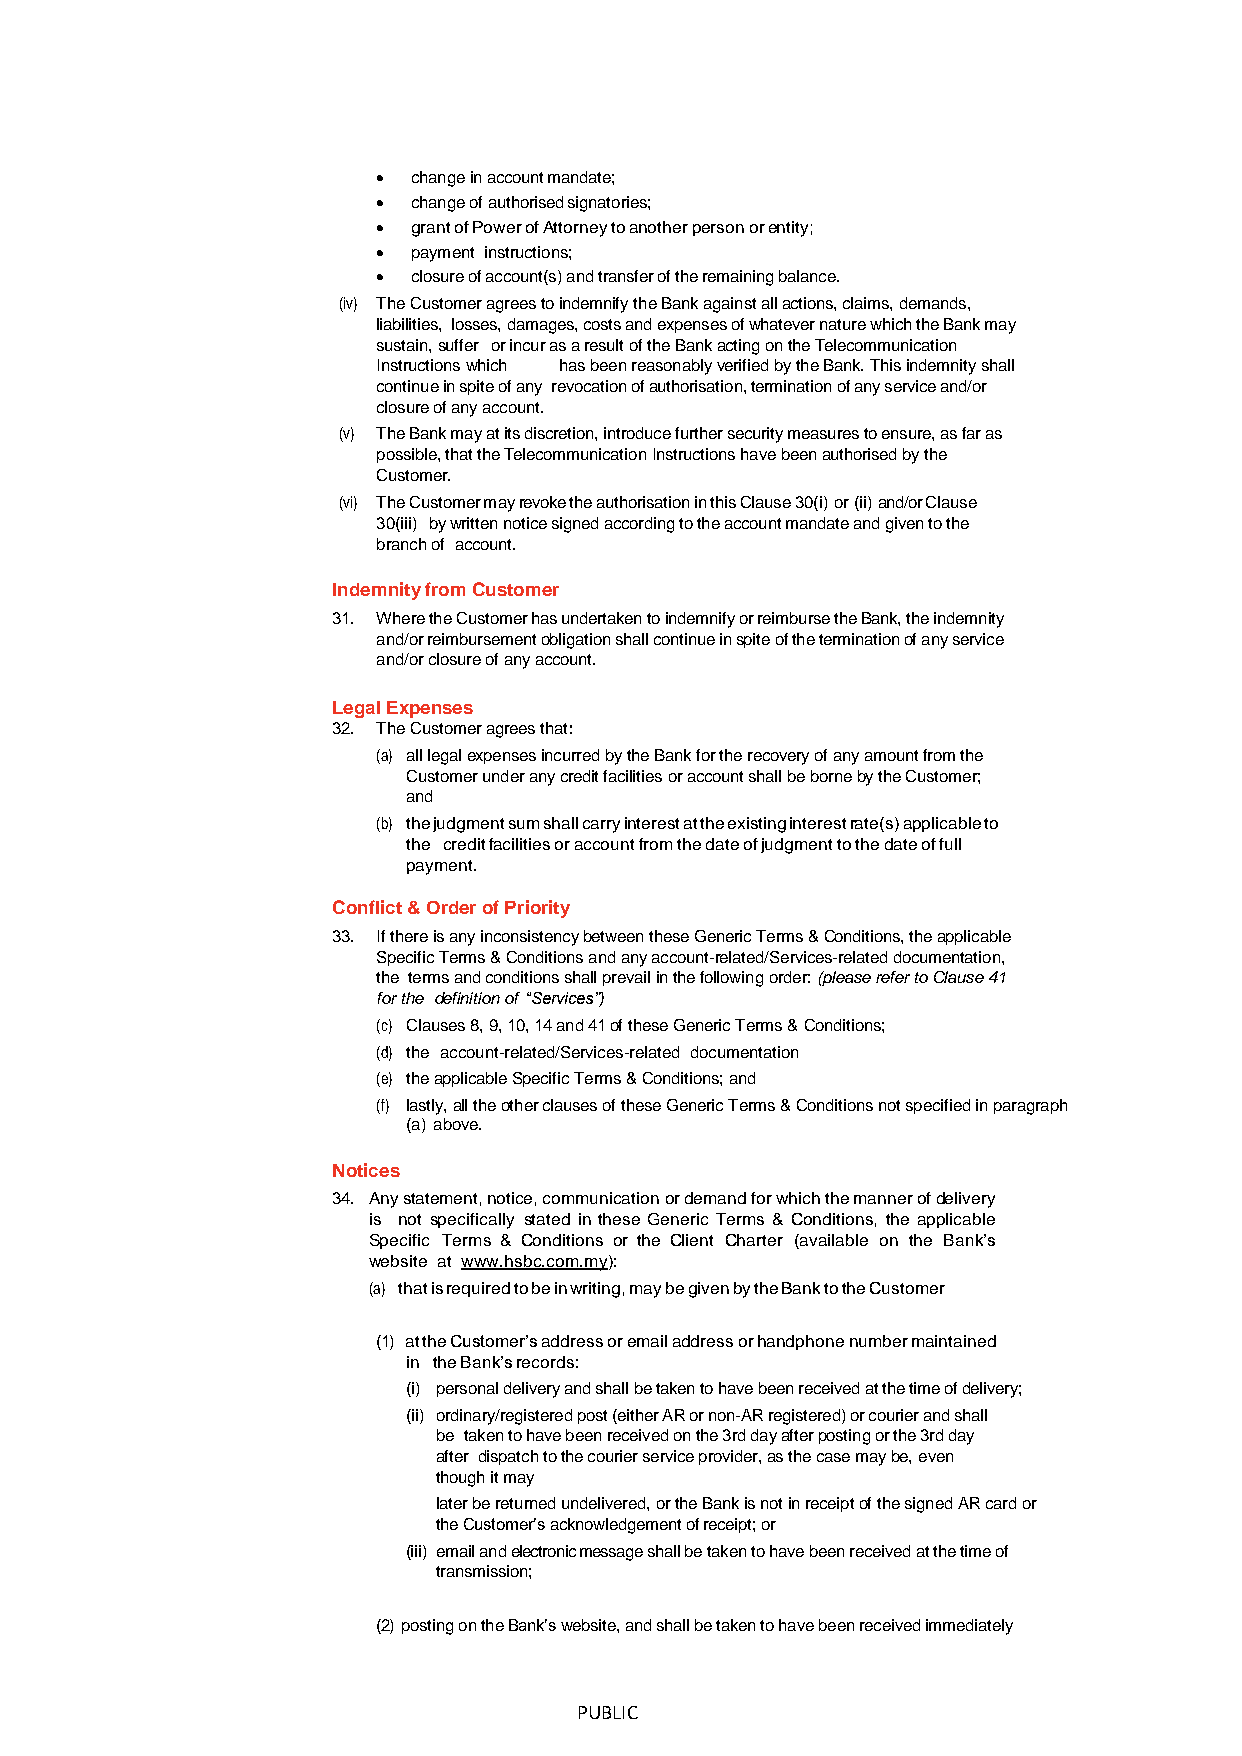
 change in account mandate;
  change of authorised signatories;
  grant of Power of Attorney to another person or entity;
  payment instructions;
  closure of account(s) and transfer of the remaining balance.
 (iv) The Customer agrees to indemnify the Bank against all actions, claims, demands,
 liabilities, losses, damages, costs and expenses of whatever nature which the Bank may
 sustain, suffer or incur as a result of the Bank acting on the Telecommunication
 Instructions which has been reasonably verified by the Bank. This indemnity shall
 continue in spite of any revocation of authorisation, termination of any service and/or
 closure of any account.
 (v) The Bank may at its discretion, introduce further security measures to ensure, as far as
 possible, that the Telecommunication Instructions have been authorised by the
 Customer.
 (vi) The Customer may revoke the authorisation in this Clause 30(i) or (ii) and/or Clause
 30(iii) by written notice signed according to the account mandate and given to the
 branch of account.
 Indemnity from Customer
 31. Where the Customer has undertaken to indemnify or reimburse the Bank, the indemnity
 and/or reimbursement obligation shall continue in spite of the termination of any service
 and/or closure of any account.
 Legal Expenses
 32. The Customer agrees that:
 (a) all legal expenses incurred by the Bank for the recovery of any amount from the
 Customer under any credit facilities or account shall be borne by the Customer;
 and
 (b) the judgment sum shall carry interest at the existing interest rate(s) applicable to
 the credit facilities or account from the date of judgment to the date of full
 payment.
 Conflict & Order of Priority
 33. If there is any inconsistency between these Generic Terms & Conditions, the applicable
 Specific Terms & Conditions and any account-related/Services-related documentation,
 the terms and conditions shall prevail in the following order: (please refer to Clause 41
 for the definition of “Services”)
 (c) Clauses 8, 9, 10, 14 and 41 of these Generic Terms & Conditions;
 (d) the account-related/Services-related documentation
 (e) the applicable Specific Terms & Conditions; and
 (f) lastly, all the other clauses of these Generic Terms & Conditions not specified in paragraph
 (a) above.
 Notices
 34. Any statement, notice, communication or demand for which the manner of delivery
 is not specifically stated in these Generic Terms & Conditions, the applicable
 Specific Terms & Conditions or the Client Charter (available on the Bank’s
 website at www.hsbc.com.my):
 (a) that is required to be in writing, may be given by the Bank to the Customer
 (1) at the Customer’s address or email address or handphone number maintained
 in the Bank’s records:
 (i) personal delivery and shall be taken to have been received at the time of delivery;
 (ii) ordinary/registered post (either AR or non-AR registered) or courier and shall
 be taken to have been received on the 3rd day after posting or the 3rd day
 after dispatch to the courier service provider, as the case may be, even
 though it may
 later be returned undelivered, or the Bank is not in receipt of the signed AR card or
 the Customer’s acknowledgement of receipt; or
 (iii) email and electronic message shall be taken to have been received at the time of
 transmission;
 (2) posting on the Bank’s website, and shall be taken to have been received immediately
 PUBLIC